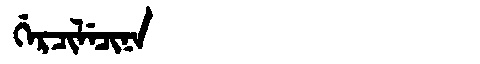
Manchu: ᡤᡝᡵᠴᡳᠯᡝᠴᡳᠨᠠ
Romanization: GERCILECINA